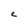
Character: e